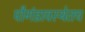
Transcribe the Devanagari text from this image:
पौगंडावस्थेतच